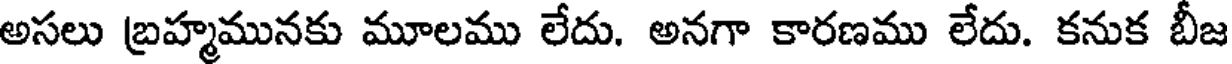
అసలు బ్రహ్మమునకు మూలము లేదు. అనగా కారణము లేదు. కనుక బీజ